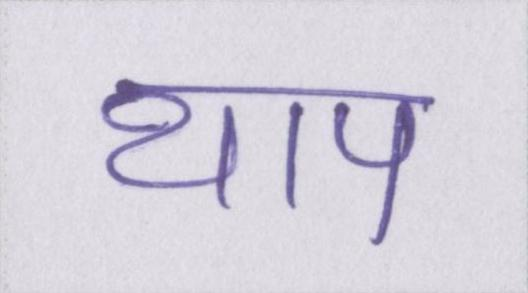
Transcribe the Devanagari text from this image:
थाप